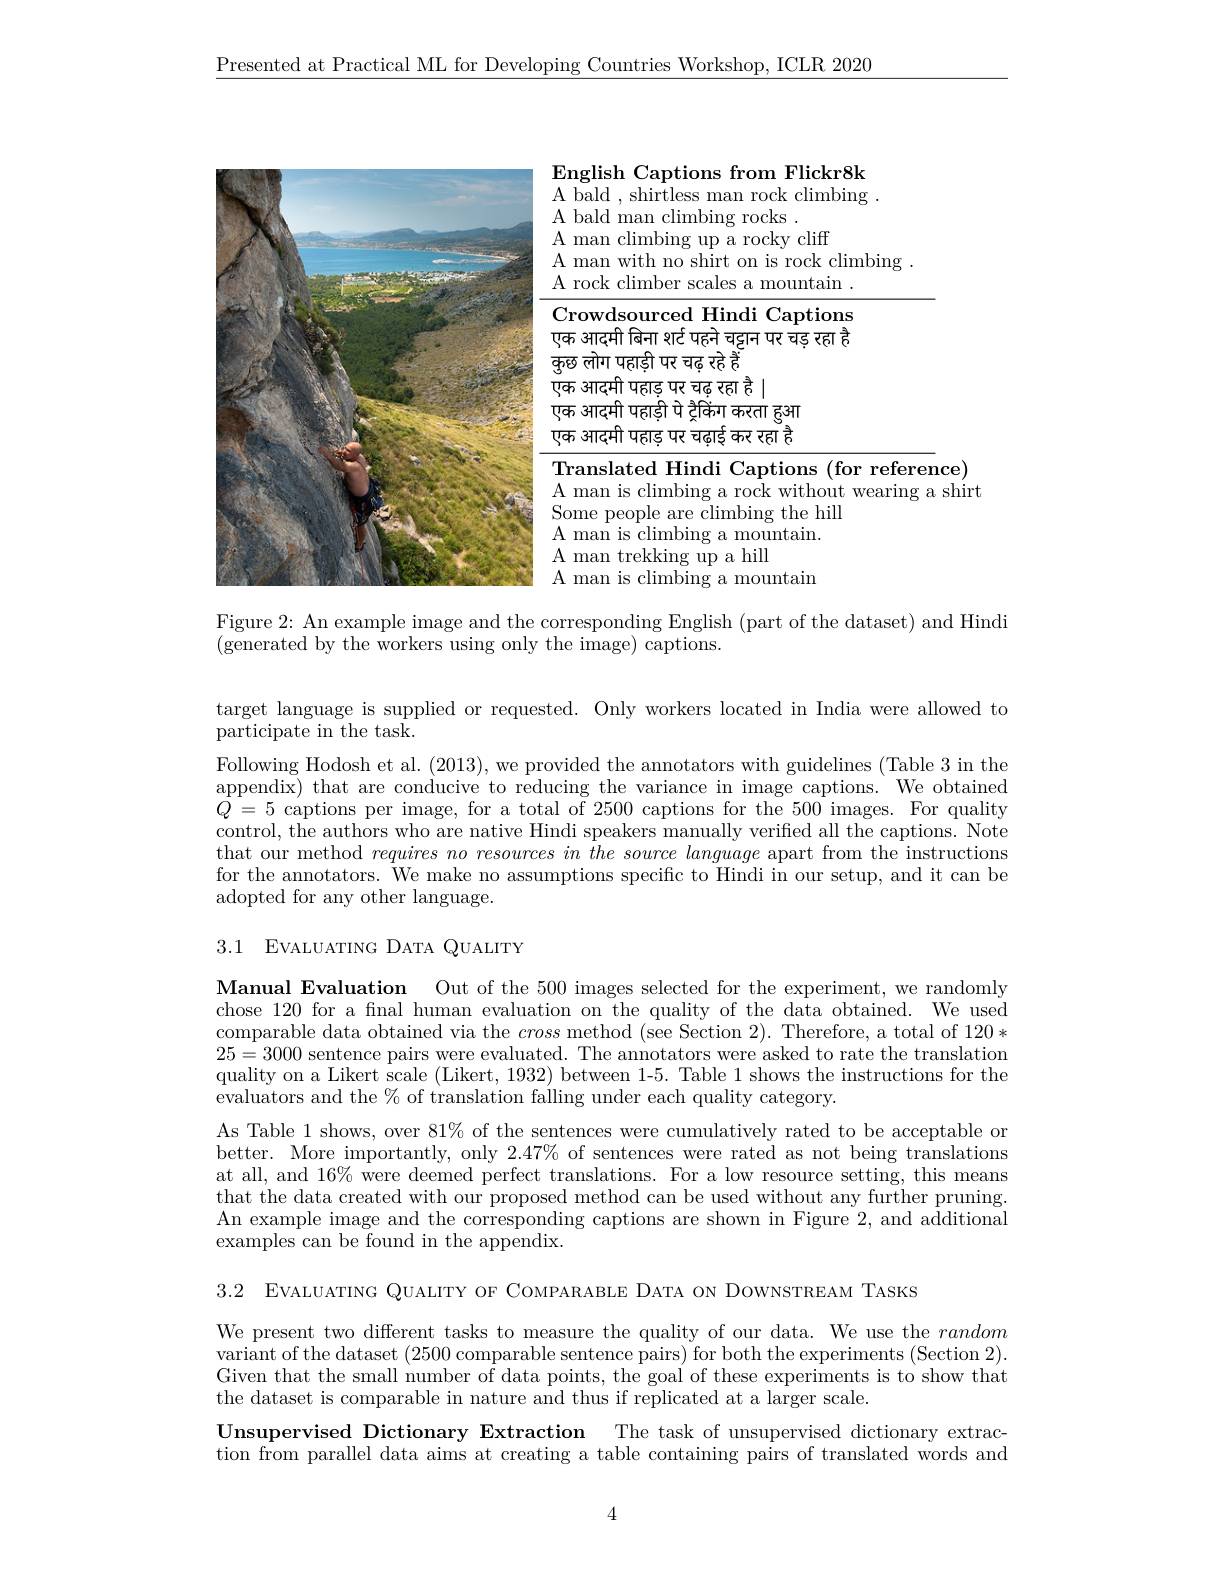
$\underline{\text{Presented at Practical ML for Developing Countries Workshop, ICLR 2020}}$

<FigureHere>

Figure 2: An example image and the corresponding English (part of the dataset) and Hindi

$\bar{(\text{generated by the workers using only the image) captions.}}$

target language is supplied or requested. Only workers located in India were allowed to
participate in the task.
Following Hodosh et al. (2013), we provided the annotators with guidelines (Table 3 in the appendix) that are conducive to reducing the variance in image captions. We obtained $Q=5$ captions per image, for a total of 2500 captions for the 500 images. For quality control, the authors who are native Hindi speakers manually verified all the captions. Note that our method requires no resources in the source language apart from the instructions for the annotators. We make no assumptions specific to Hindi in our setup, and it can be adopted for any other language.

3.1 EVALUATING DATA QUALITY

Manual Evaluation Out of the 500 images selected for the experiment, we randomly chose 120 for a fınal human evaluation on the quality of the data obtained. We used comparable data obtained via the cross method (see Section 2). Therefore, a total of 120* 25=3000 sentence pairs were evaluated. The annotators were asked to rate the translation quality on a Likert scale (Likert, 1932) between 1-5. Table 1 shows the instructions for the evaluators and the $\%$ of translation falling under each quality category.

As Table 1 shows, over 81% of the sentences were cumulatively rated to be acceptable or better. More importantly, only $2.47\%$ of sentences were rated as not being translations at all, and 16% were deemed perfect translations. For a low resource setting, this means that the data created with our proposed method can be used without any further pruning An example image and the corresponding captions are shown in Figure 2, and additional examples can be found in the appendix.

3.2 EVALUATING QUALITY OF COMPARABLE DATA ON DOWNSTREAM TASKS

We present two different tasks to measure the quality of our data. We use the random variant of the dataset (2500 comparable sentence pairs) for both the experiments (Section 2). Given that the small number of data points, the goal of these experiments is to show that the dataset is comparable in nature and thus if replicated at a larger scale.

Unsupervised Dictionary Extraction The task of unsupervised dictionary extraction from parallel data aims at creating a table containing pairs of translated words and

4